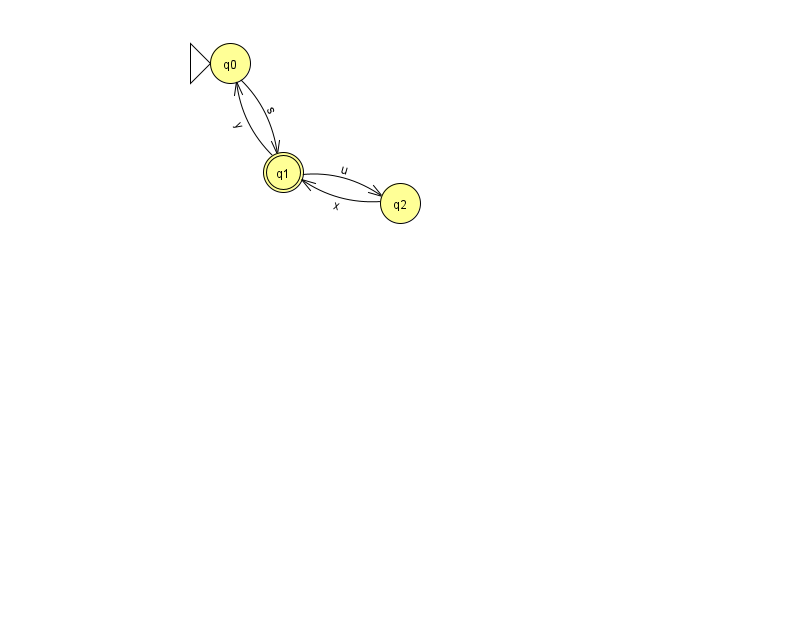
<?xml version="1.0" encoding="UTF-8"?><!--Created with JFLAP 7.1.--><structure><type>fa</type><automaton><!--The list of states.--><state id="0" name="q0"><x>230.0</x><y>50.0</y><initial/></state><state id="1" name="q1"><x>283.0</x><y>159.0</y><final/></state><state id="2" name="q2"><x>400.0</x><y>190.0</y></state><!--The list of transitions.--><transition><from>0</from><to>1</to><read>s</read></transition><transition><from>2</from><to>1</to><read>x</read></transition><transition><from>1</from><to>2</to><read>u</read></transition><transition><from>1</from><to>0</to><read>y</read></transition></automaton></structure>